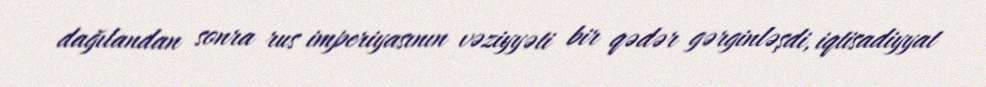
dağılandan sonra rus imperiyasının vəziyyəti bir qədər gərginləşdi, iqtisadiyyat